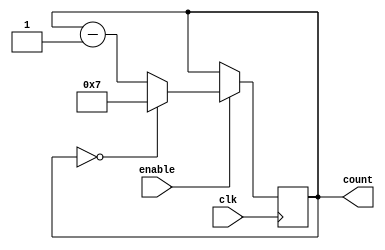
module ModuloN_Down_Counter (
    input wire clk,
    input wire enable,
    output reg [N-1:0] count
);

parameter N = 8; // Specify modulo value N

always @ (posedge clk)
begin
    if (enable)
    begin
        if (count == 0)
            count <= N-1;
        else
            count <= count - 1;
    end
end

endmodule